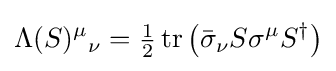
\Lambda (S)^{\mu }{}_{\nu }={\tfrac {1}{2}}\operatorname {tr} \left({\bar {\sigma }}_{\nu }S\sigma ^{\mu }S^{\dagger }\right)